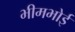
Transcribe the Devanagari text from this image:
भीमभोई